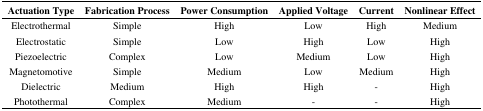
| Actuation Type | Fabrication Process | Power Consumption | Applied Voltage | Current | Nonlinear Effect |
 | --- | --- | --- | --- | --- | --- |
 | Electrothermal | Simple | High | Low | High | Medium |
 | Electrostatic | Simple | Low | High | Low | High |
 | Piezoelectric | Complex | Low | Medium | Low | High |
 | Magnetomotive | Simple | Medium | Low | Medium | High |
 | Dielectric | Medium | High | High | - | High |
 | Photothermal | Complex | Medium | - | - | High |